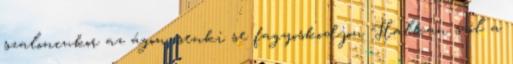
szaloncukor az ágon. senki se fagyoskodjon Halkan szól a